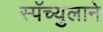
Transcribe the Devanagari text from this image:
स्पॅच्युलाने